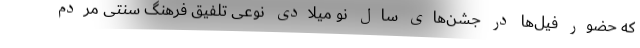
که حضور فیل‌ها در جشن‌های سال نو میلادی نوعی تلفیق فرهنگ سنتی مردم